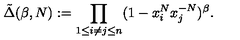
\tilde { \Delta } ( \beta , N ) : = \prod _ { 1 \leq i \neq j \leq n } ( 1 - x _ { i } ^ { N } x _ { j } ^ { - N } ) ^ { \beta } .